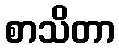
စာသိတာ